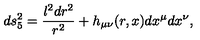
d s _ { 5 } ^ { 2 } = { \frac { l ^ { 2 } d r ^ { 2 } } { r ^ { 2 } } } + h _ { \mu \nu } ( r , x ) d x ^ { \mu } d x ^ { \nu } ,